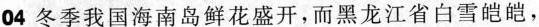
04冬季我国海南岛鲜花盛开，而黑龙江省白雪皑皑，